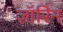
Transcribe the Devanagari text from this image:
ज़ॉरिन